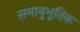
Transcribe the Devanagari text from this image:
समानुभूतिक